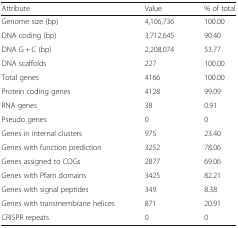
<table><thead><tr><td><b>Attribute</b></td><td><b>Value</b></td><td><b>% of total</b></td></tr></thead><tbody><tr><td>Genome size (bp)</td><td>4,106,736</td><td>100.00</td></tr><tr><td>DNA coding (bp)</td><td>3,712,645</td><td>90.40</td></tr><tr><td>DNA G + C (bp)</td><td>2,208,074</td><td>53.77</td></tr><tr><td>DNA scaffolds</td><td>227</td><td>100.00</td></tr><tr><td>Total genes</td><td>4166</td><td>100.00</td></tr><tr><td>Protein coding genes</td><td>4128</td><td>99.09</td></tr><tr><td>RNA genes</td><td>38</td><td>0.91</td></tr><tr><td>Pseudo genes</td><td>0</td><td>0</td></tr><tr><td>Genes in internal clusters</td><td>975</td><td>23.40</td></tr><tr><td>Genes with function prediction</td><td>3252</td><td>78.06</td></tr><tr><td>Genes assigned to COGs</td><td>2877</td><td>69.06</td></tr><tr><td>Genes with Pfam domains</td><td>3425</td><td>82.21</td></tr><tr><td>Genes with signal peptides</td><td>349</td><td>8.38</td></tr><tr><td>Genes with transmembrane helices</td><td>871</td><td>20.91</td></tr><tr><td>CRISPR repeats</td><td>0</td><td>0</td></tr></tbody></table>